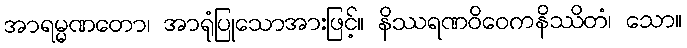
အာရမ္မဏတော၊ အာရုံပြုသောအားဖြင့်။ နိဿရဏဝိဝေကနိဿိတံ၊ သော။